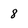
Character: 8